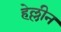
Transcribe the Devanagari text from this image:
हेल्लीन